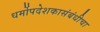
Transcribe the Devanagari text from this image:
धर्मोपदेशकासंबंधीचा